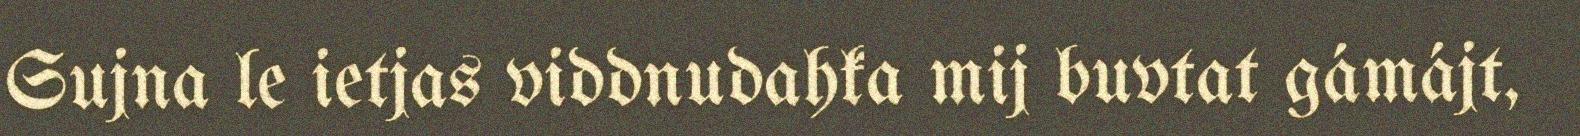
Sujna le ietjas viddnudahka mij buvtat gámájt,